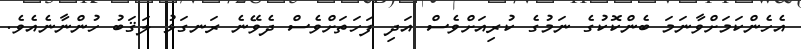
އެހެންކަމަށްވާނަމަ ބެންކޮކުގެ ނަމުގެ ކުރިއަށްވެސް އަދި ފަހަތަށްވެސް ދެވޭނެ ރަނގަޅު ލަޤަބު ހުންނާނެއެވެ.